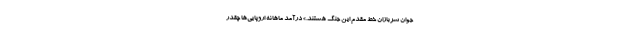
جوان سربازان خط مقدم این جنگ هستند.» درآمد ماهانه اروپایی‌ها چقدر